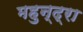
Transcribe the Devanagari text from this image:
महुन्द्रा